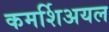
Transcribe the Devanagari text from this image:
कमर्शिअयल